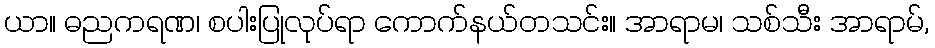
ယာ။ ဓညကရဏ၊ စပါးပြုလုပ်ရာ ကောက်နယ်တသင်း။ အာရာမ၊ သစ်သီး အာရာမ်,